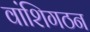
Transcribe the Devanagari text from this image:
वांशिगठन